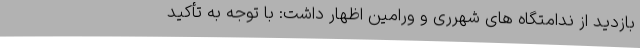
بازدید از ندامتگاه های شهرری و ورامین اظهار داشت: با توجه به تأکید